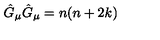
\hat { G } _ { \mu } \hat { G } _ { \mu } = n ( n + 2 k )